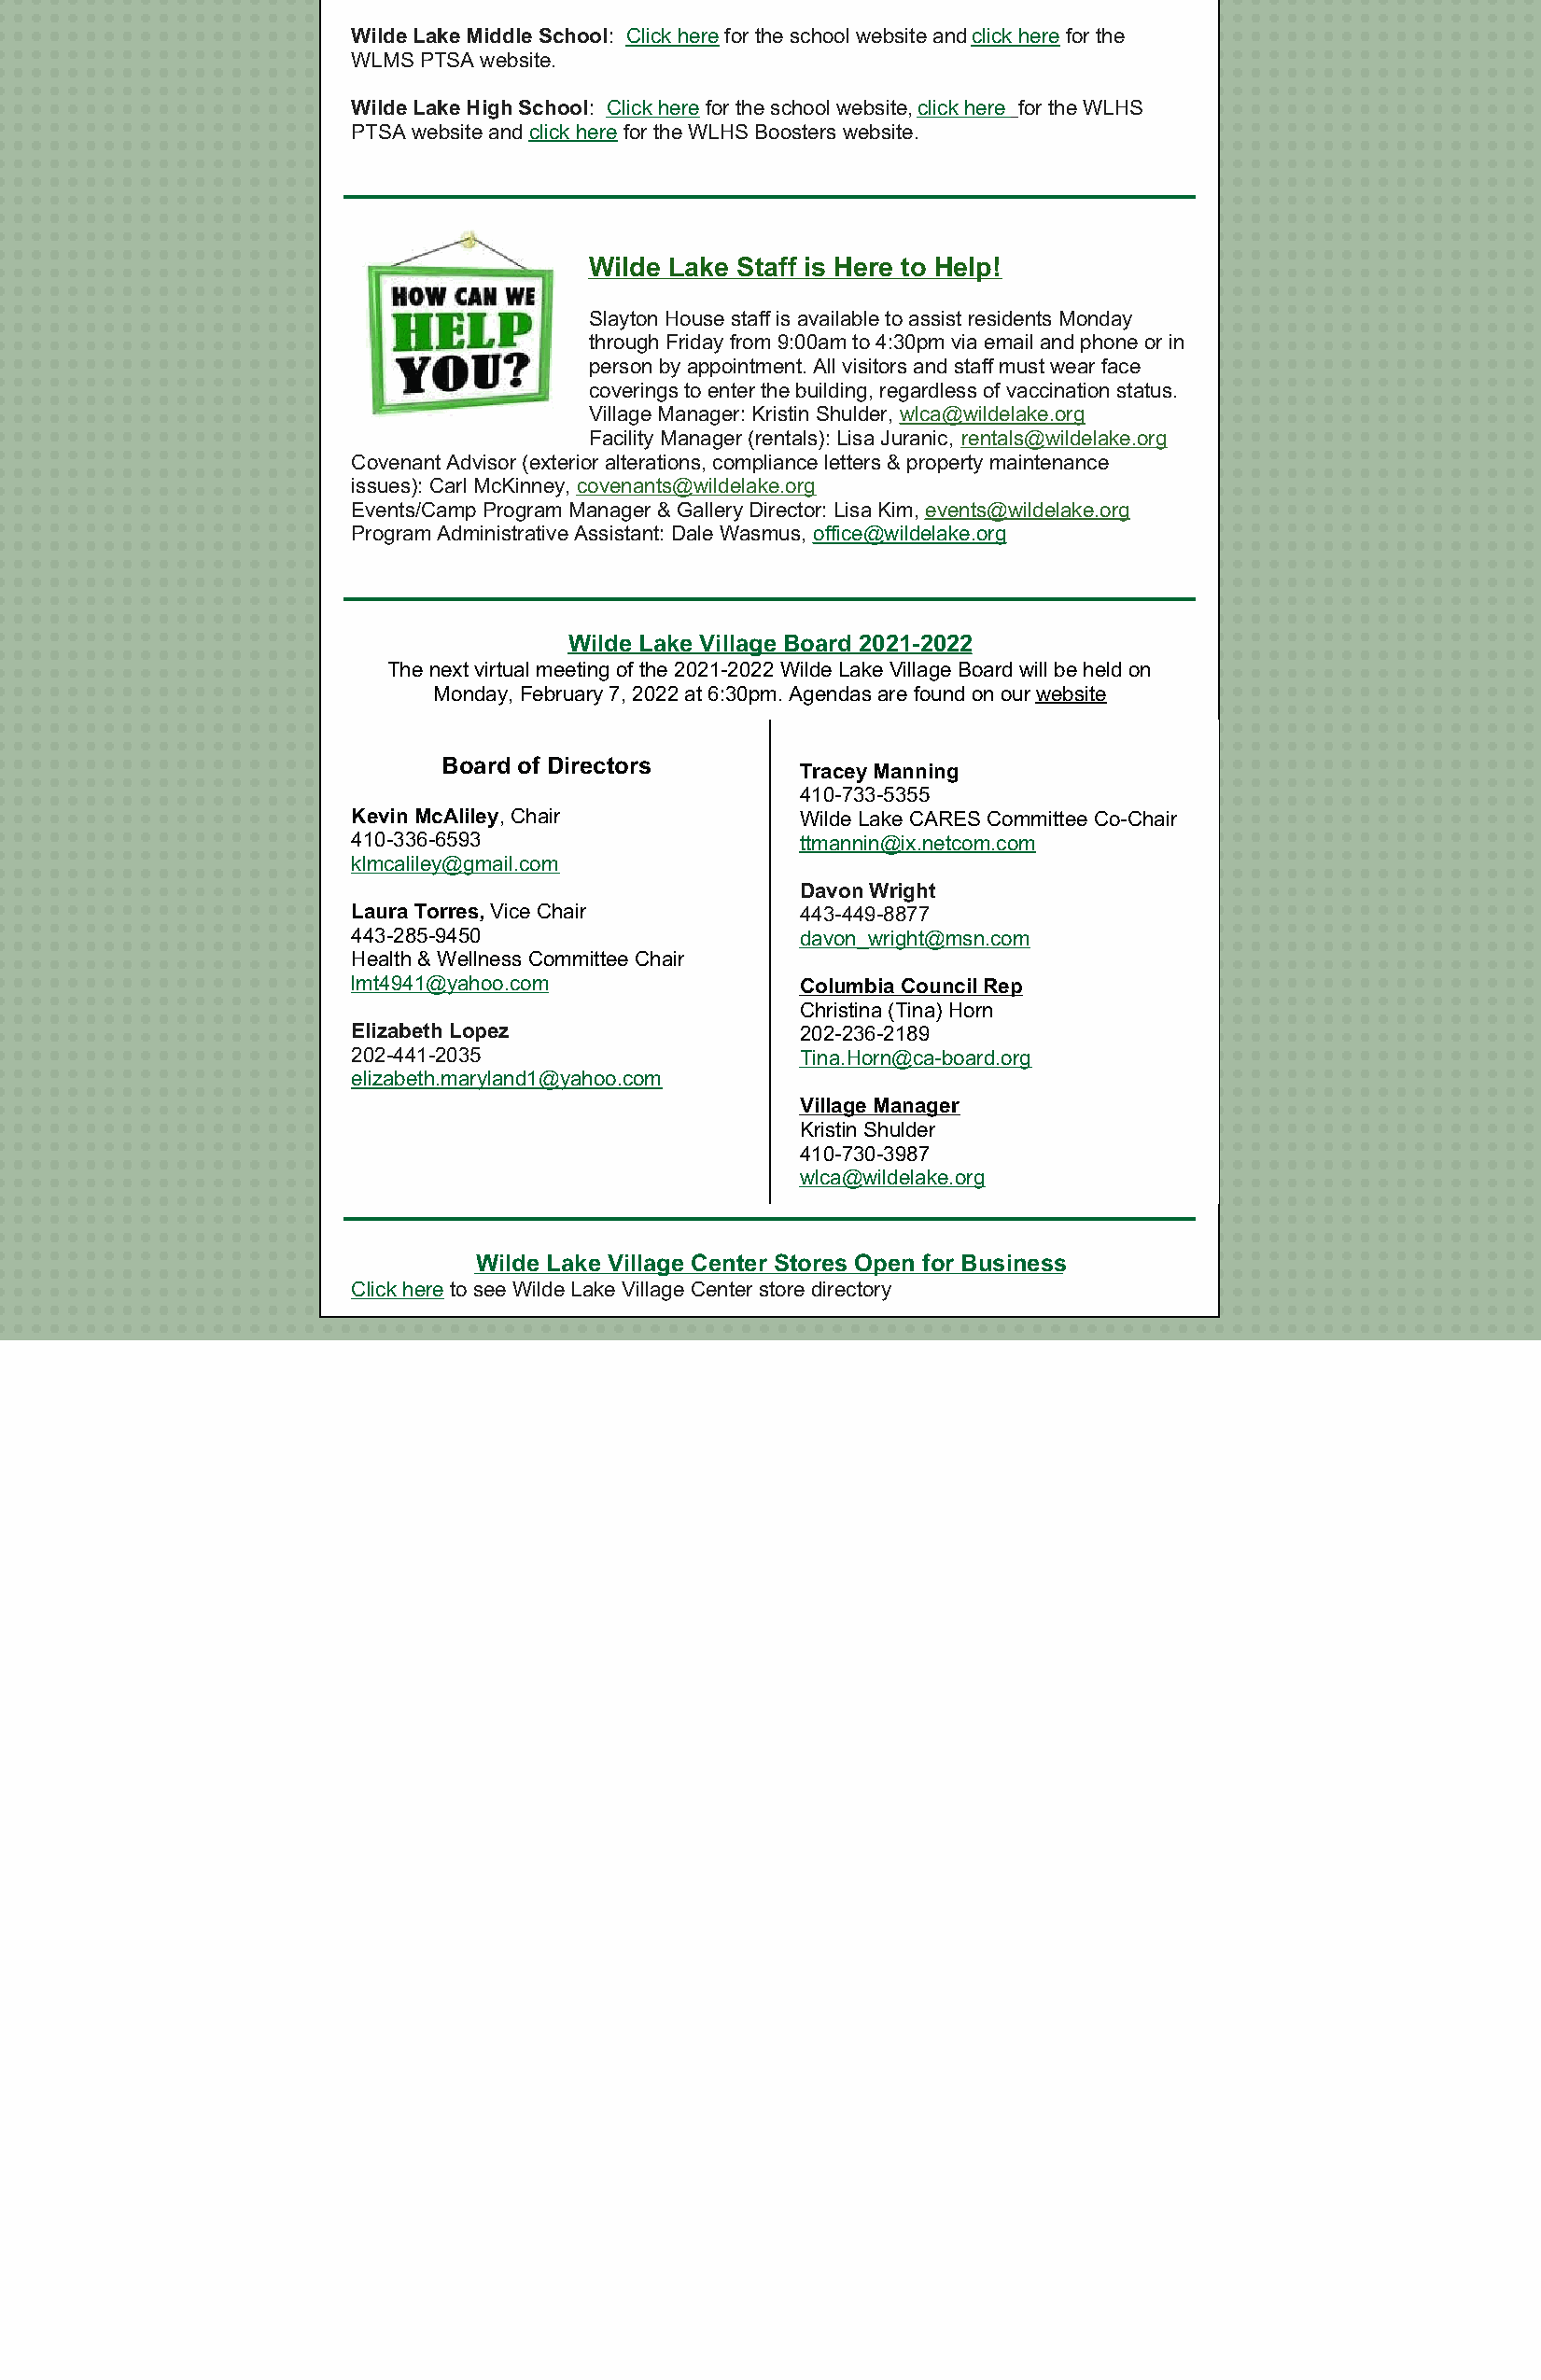
Wilde Lake Middle School: Click here for the school website and click here for the
 WLMS PTSA website.
 Wilde Lake High School: Click here for the school website, click here for the WLHS
 PTSA website and click here for the WLHS Boosters website.
 Wilde Lake Staff is Here to Help!
 Slayton House staff is available to assist residents Monday
 through Friday from 9:00am to 4:30pm via email and phone or in
 person by appointment. All visitors and staff must wear face
 coverings to enter the building, regardless of vaccination status.
 Village Manager: Kristin Shulder, wlca@wildelake.org
 Facility Manager (rentals): Lisa Juranic, rentals@wildelake.org
 Covenant Advisor (exterior alterations, compliance letters & property maintenance
 issues): Carl McKinney, covenants@wildelake.org
 Events/Camp Program Manager & Gallery Director: Lisa Kim, events@wildelake.org
 Program Administrative Assistant: Dale Wasmus, office@wildelake.org
 Wilde Lake Village Board 2021-2022
 The next virtual meeting of the 2021-2022 Wilde Lake Village Board will be held on
 Monday, February 7, 2022 at 6:30pm. Agendas are found on our website
 Board of Directors
 Tracey Manning
 410-733-5355
 Kevin McAliley, Chair           Wilde Lake CARES Committee Co-Chair
 410-336-6593                    ttmannin@ix.netcom.com
 klmcaliley@gmail.com
 Davon Wright
 Laura Torres, Vice Chair        443-449-8877
 443-285-9450                    davon_wright@msn.com
 Health & Wellness Committee Chair
 lmt4941@yahoo.com               Columbia Council Rep
 Christina (Tina) Horn
 Elizabeth Lopez                 202-236-2189
 202-441-2035                    Tina.Horn@ca-board.org
 elizabeth.maryland1@yahoo.com
 Village Manager
 Kristin Shulder
 410-730-3987
 wlca@wildelake.org
 Wilde Lake Village Center Stores Open for Business
 Click here to see Wilde Lake Village Center store directory